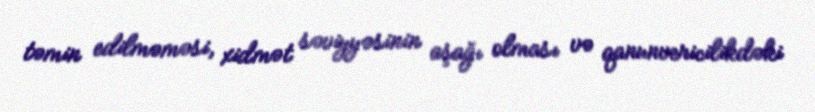
təmin edilməməsi, xidmət səviyyəsinin aşağı olması və qanunvericilikdəki